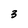
Character: 3